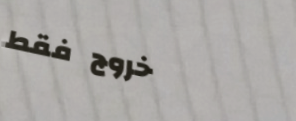
خروج فقط